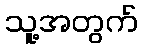
သူ့အတွက်